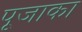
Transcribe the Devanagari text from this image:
पूजाका